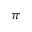
\pi